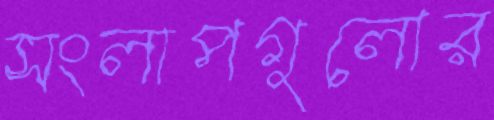
সংলাপগুলোর